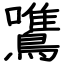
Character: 鷕